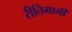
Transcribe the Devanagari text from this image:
रीतिमार्गी